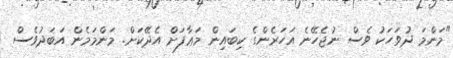
"މަންމަ ދުވަހަކު ވެސް ނުޖެހޭނެ އަހަރެންގެ ކިބައިން މަޢާފަށް އެދޭކަށް. މަންމަމެން އަބަދުވެސް